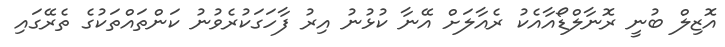
އޮޒިލް ބުނީ ރޮނާލްޑޯއާއެކު ރެއާލަށް އޭނާ ކުޅުނު އިރު ފާހަގަކުރެވުނު ކަންތައްތަކުގެ ތެރޭގައި